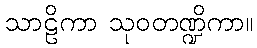
သာဠိကာ သုဝတဏ္ဍိကာ။